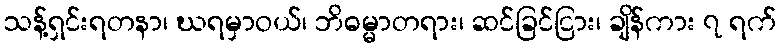
သန့်ရှင်းရတနာ၊ ဃရမှာဝယ်၊ ဘိဓမ္မာတရား၊ ဆင်ခြင်ငြား၊ ချိန်ကား ၇ ရက်